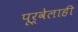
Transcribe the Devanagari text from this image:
पूर्वेलाही